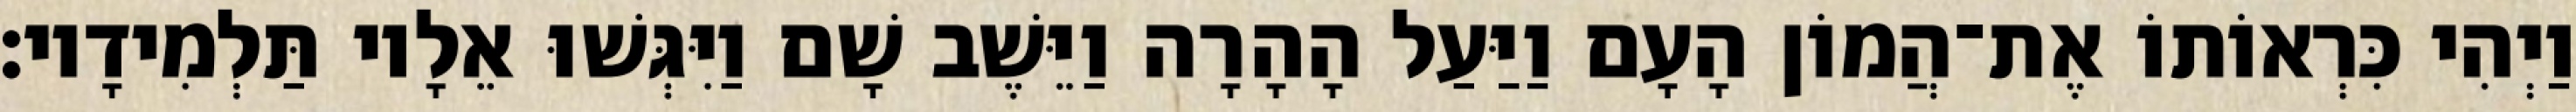
וַיְהִי כִּרְאוֹתוֹ אֶת־הֲמוֹן הָעָם וַיַּעַל הָהָרָה וַיֵּשֶׁב שָׁם וַיִּגְּשׁוּ אֵלָיו תַּלְמִידָיו׃